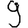
Digit: 9